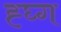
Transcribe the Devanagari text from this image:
ह्घ्ग